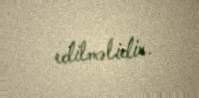
edilməlidir.